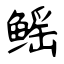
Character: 鳐